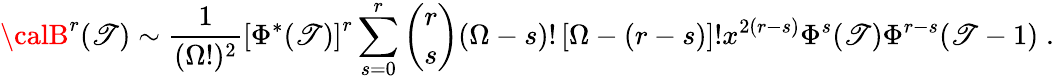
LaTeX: {\calB}^{r}(\mathscr{T})\sim\frac{{1}}{{(\Omega!)^{2}}}\left[\Phi^{*}(\mathscr{T})\right]^{r}\sum_{s=0}^{r}{\binom{r}{s}}(\Omega-s)!\left[\Omega-(r-s)\right]!x^{2(r-s)}\Phi^{s}(\mathscr{T})\Phi^{r-s}(\mathscr{T}-1)\; .